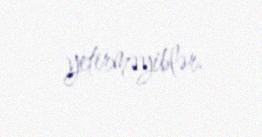
yetirməyiblər.